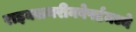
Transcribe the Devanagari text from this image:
राइक्समरीनवेर्फ्टमध्ये